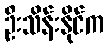
ဦးသိန်းနိုင်က